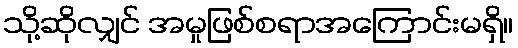
သို့ဆိုလျှင် အမှုဖြစ်စရာအကြောင်းမရှိ။